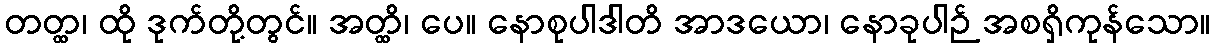
တတ္ထ၊ ထို ဒုက်တို့တွင်။ အတ္ထိ၊ ပေ။ နောစုပါဒါတိ အာဒယော၊ နောခုပါဉ် အစရှိကုန်သော။